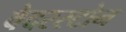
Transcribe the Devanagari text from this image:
वेदरस्‍टोन